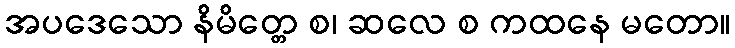
အပဒေသော နိမိတ္တေ စ၊ ဆလေ စ ကထနေ မတော။